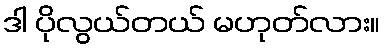
ဒါ ပိုလွယ်တယ် မဟုတ်လား။